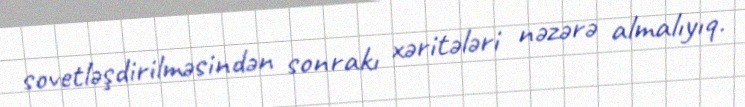
sovetləşdirilməsindən sonrakı xəritələri nəzərə almalıyıq.